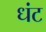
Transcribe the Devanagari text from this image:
धंट